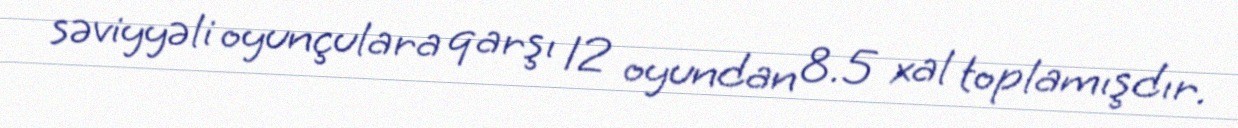
səviyyəli oyunçulara qarşı 12 oyundan 8.5 xal toplamışdır.